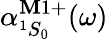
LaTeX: \alpha_{^1S_{0}}^{\mathbf{M}1+}(\omega)